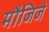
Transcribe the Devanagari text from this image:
मौजिजे